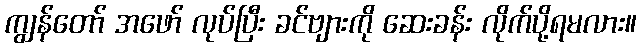
ကျွန်တော် အဖော် လုပ်ပြီး ခင်ဗျားကို ဆေးခန်း လိုက်ပို့ရမလား။